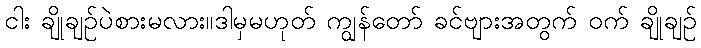
ငါး ချိုချဉ်ပဲစားမလား။ဒါမှမဟုတ် ကျွန်တော် ခင်ဗျားအတွက် ဝက် ချိုချဉ်